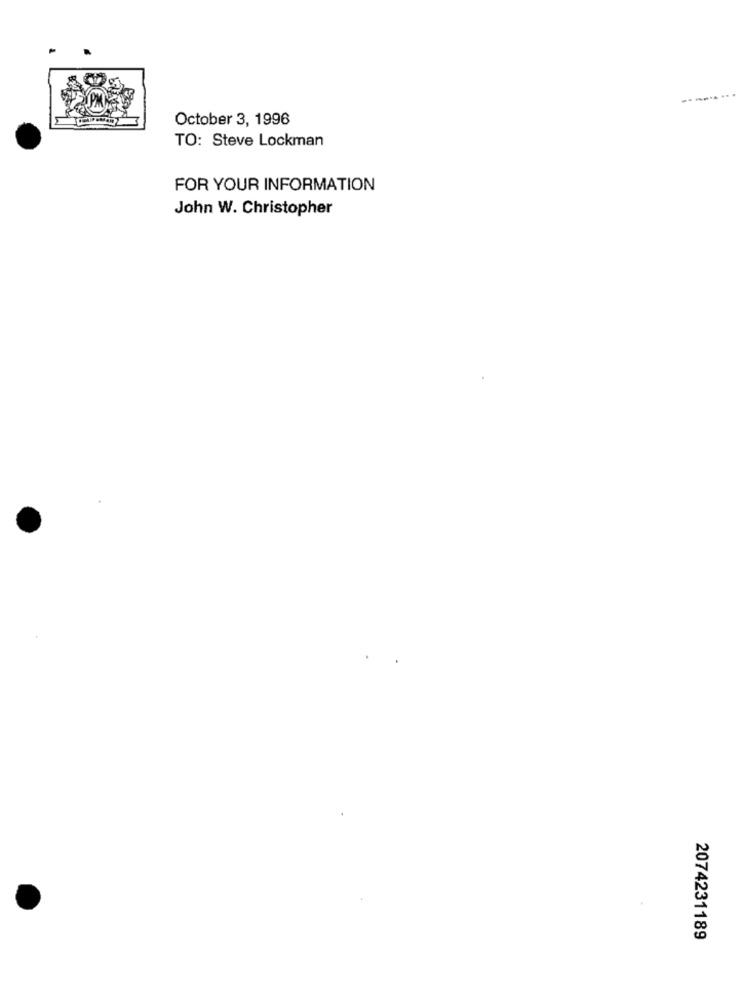
October 3, 1996
TO: Steve Lockman
FOR YOUR INFORMATION
John W. Christopher
2074231189